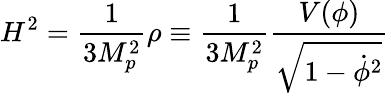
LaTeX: H^{2}={\frac{1}{3M_{p}^{2}}}\rho\equiv{\frac{1}{3M_{p}^{2}}}{\frac{V(\phi)}{\sqrt{1-\dot{\phi}^{2}}}}